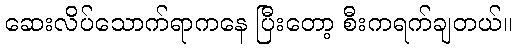
ဆေးလိပ်သောက်ရာကနေ ပြီးတော့ စီးကရက်ချတယ်။